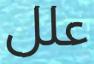
علل